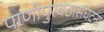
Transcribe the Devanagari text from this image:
पाणीपुरवठासंघटना